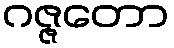
ဂဇ္ဇတော